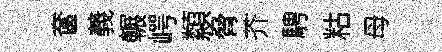
奩義輾崿纇脅芥騁䊀母